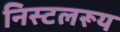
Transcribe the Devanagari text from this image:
निस्टलरूय